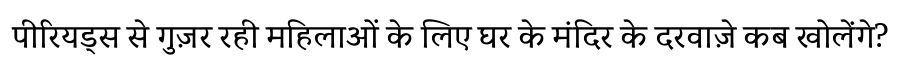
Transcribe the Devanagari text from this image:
पीरियड्स से गुज़र रही महिलाओं के लिए घर के मंदिर के दरवाज़े कब खोलेंगे?